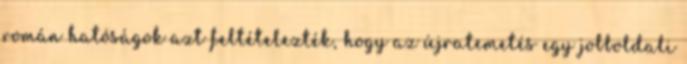
román hatóságok azt feltételezték, hogy az újratemetés egy jobboldali